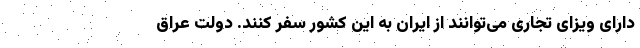
دارای ویزای تجاری می‌توانند از ایران به این کشور سفر کنند. دولت عراق